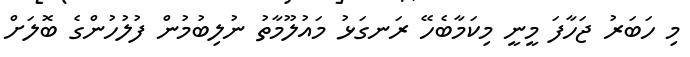
މި ހަބަރު ޖަހާފަ މީނީ މިކަމާބެހޭ ރަނގަޅު މައުލޫމާތު ނުލިބުމުން ފުލުހުންގެ ބޮލަށް